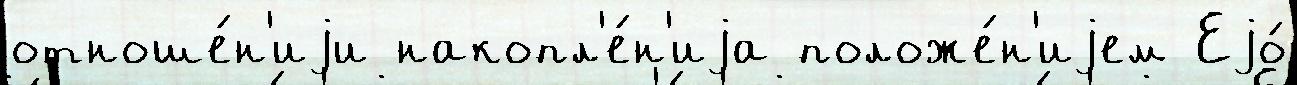
отноше́н'иjи накопл'е́н'иjа положе́н'иjем Еjо́